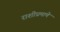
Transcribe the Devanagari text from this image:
राशीप्रमाणे